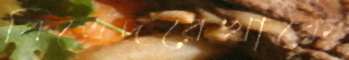
বিভেদরেখাকে